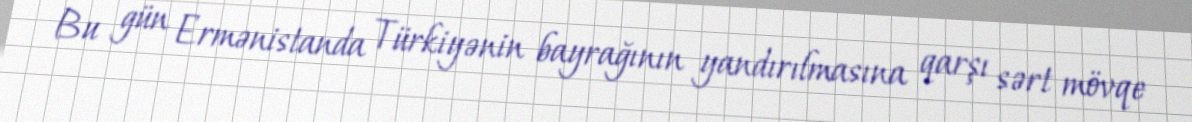
Bu gün Ermənistanda Türkiyənin bayrağının yandırılmasına qarşı sərt mövqe